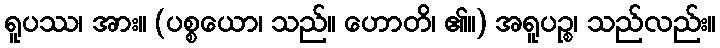
ရူပဿ၊ အား။ (ပစ္စယော၊ သည်။ ဟောတိ၊ ၏။) အရူပဉ္စ၊ သည်လည်း။